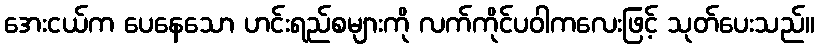
အေးငယ်က ပေနေသော ဟင်းရည်စများကို လက်ကိုင်ပဝါကလေးဖြင့် သုတ်ပေးသည်။